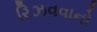
રિઝવવાનો